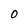
Character: O